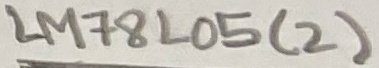
Text: LM78L05(2)